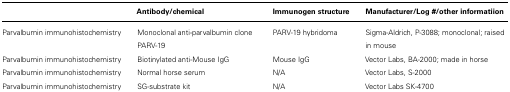
|  | Antibody/chemical | Immunogen structure | Manufacturer/Log #/other informatiion |
 | --- | --- | --- | --- |
 | Parvalbumin immunohistochemistry | Monoclonal anti-parvalbumin clone PARV-19 | PARV-19 hybridoma | Sigma-Aldrich, P-3088; monoclonal; raised in mouse |
 | Parvalbumin immunohistochemistry | Biotinylated anti-Mouse IgG | Mouse IgG | Vector Labs, BA-2000; made in horse |
 | Parvalbumin immunohistochemistry | Normal horse serum | N/A | Vector Labs, S-2000 |
 | Parvalbumin immunohistochemistry | SG-substrate kit | N/A | Vector Labs SK-4700 |